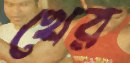
খের